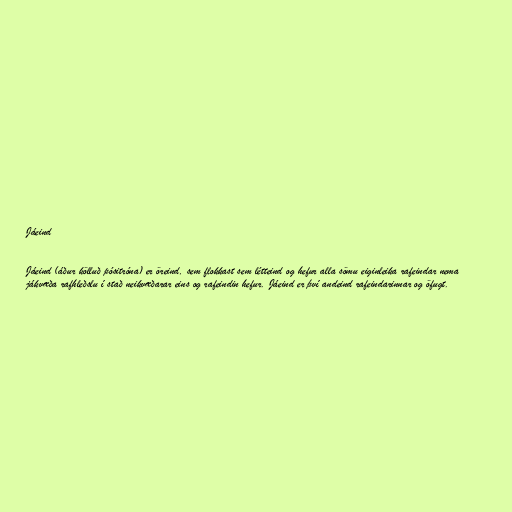
Jáeind

Jáeind (áður kölluð pósitróna) er öreind, sem flokkast sem létteind og hefur alla sömu eiginleika rafeindar nema
jákvæða rafhleðslu í stað neikvæðarar eins og rafeindin hefur. Jáeind er því andeind rafeindarinnar og öfugt.